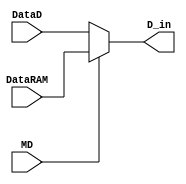
module cpu_muxMD(DataD,DataRAM,MD,D_in);

input  [7:0] DataD;
input  [7:0] DataRAM;
input        MD;

output [7:0] D_in;

assign D_in = (MD == 0) ? DataD:DataRAM;

endmodule